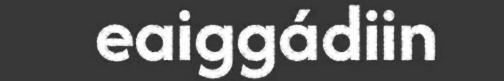
eaiggádiin